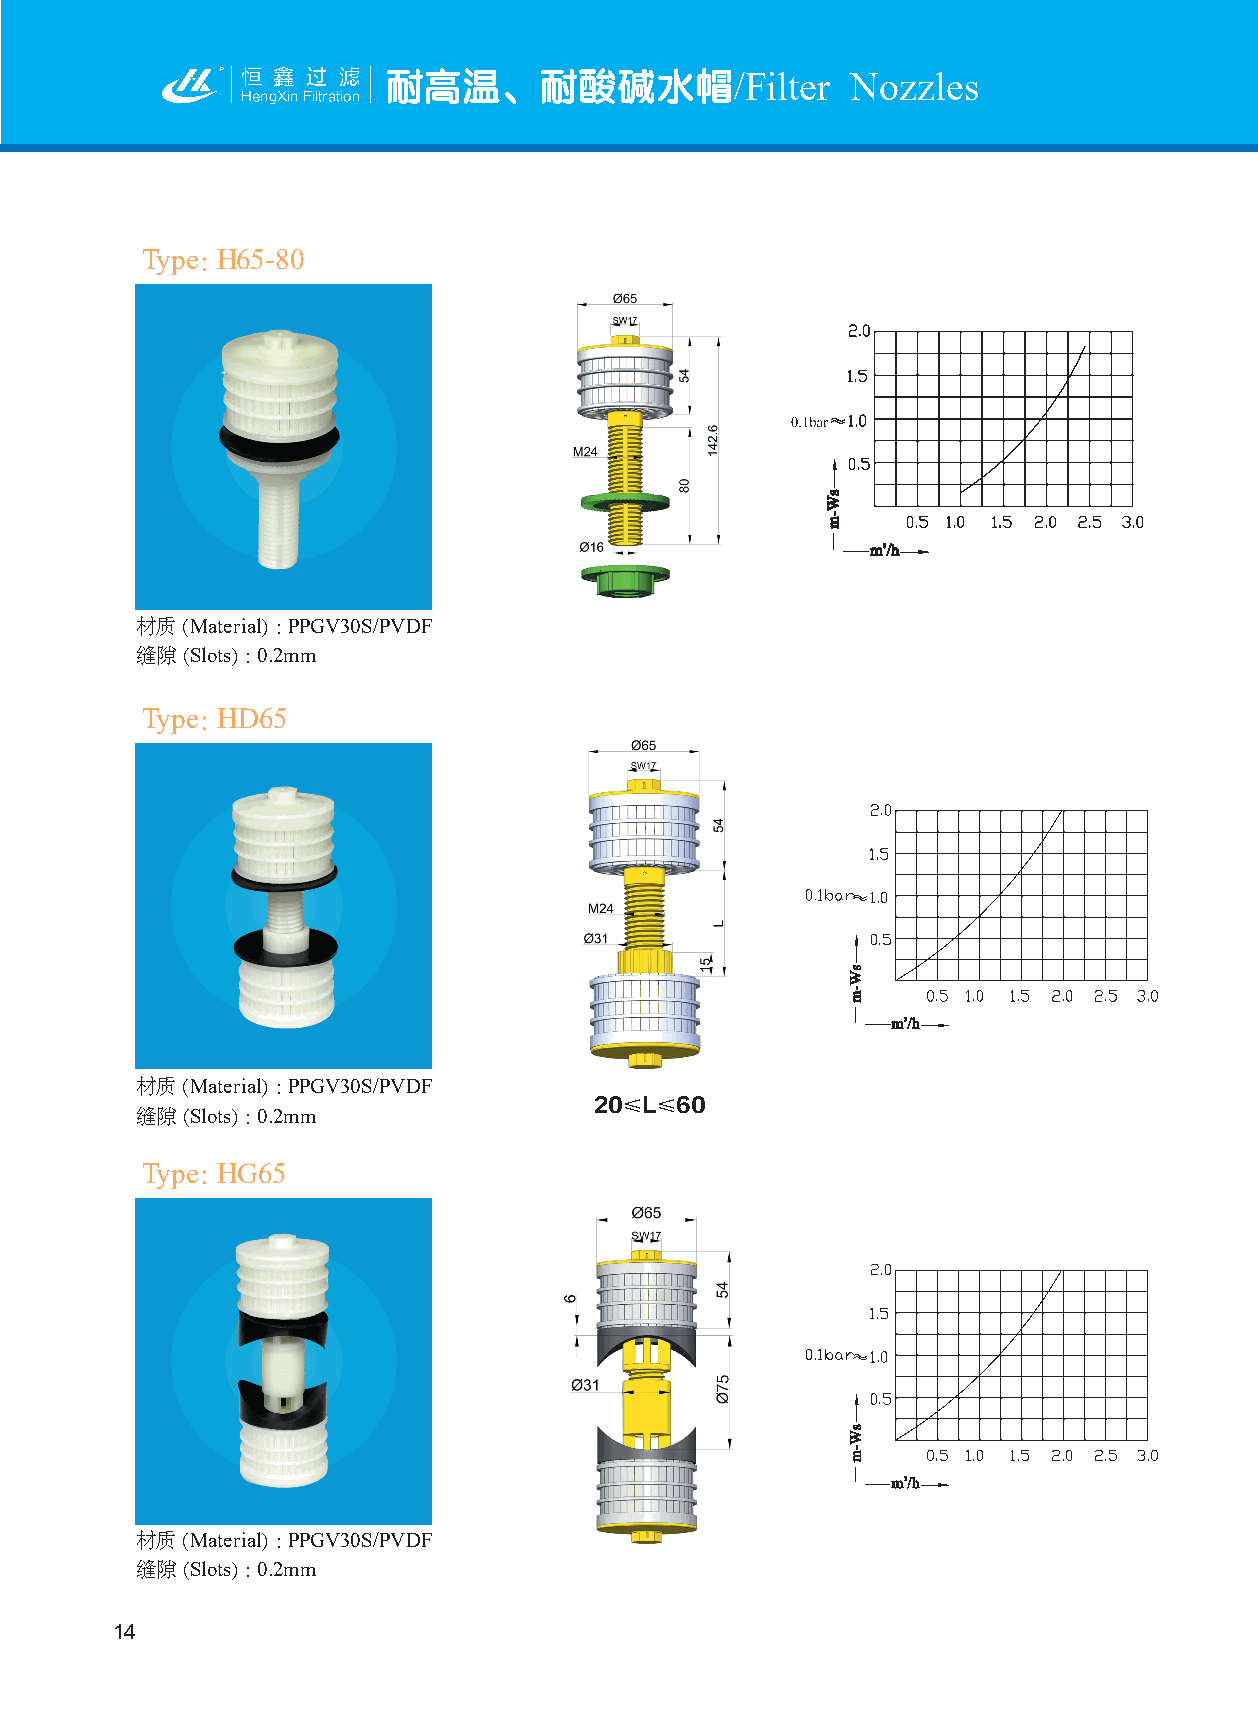
恒 鑫 过 滤   耐高温、耐酸碱水帽/Filter              Nozzles
 HengXin Filtration
 Type：H65-80
 材质（Material）：PPGV30S/PVDF
 缝隙（Slots）：0.2mm
 Type：HD65
 材质（Material）：PPGV30S/PVDF
 20≤L≤60
 缝隙（Slots）：0.2mm
 Type：HG65
 材质（Material）：PPGV30S/PVDF
 缝隙（Slots）：0.2mm
 14